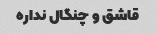
قاشق و چنگال نداره